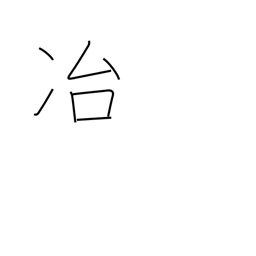
Meaning: melting